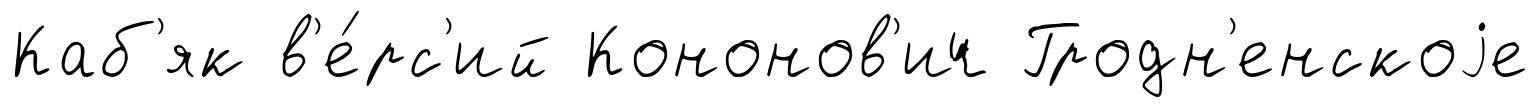
Каб'як в'е́рс'ий Кононов'ич Гродн'енскоjе